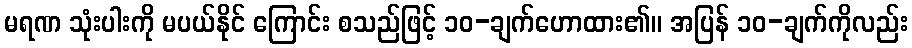
မရဏ သုံးပါးကို မပယ်နိုင် ကြောင်း စသည်ဖြင့် ၁၀-ချက်ဟောထား၏။ အပြန် ၁၀-ချက်ကိုလည်း